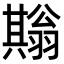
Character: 𦒙